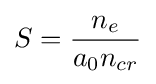
S={\frac {n_{e}}{a_{0}n_{cr}}}